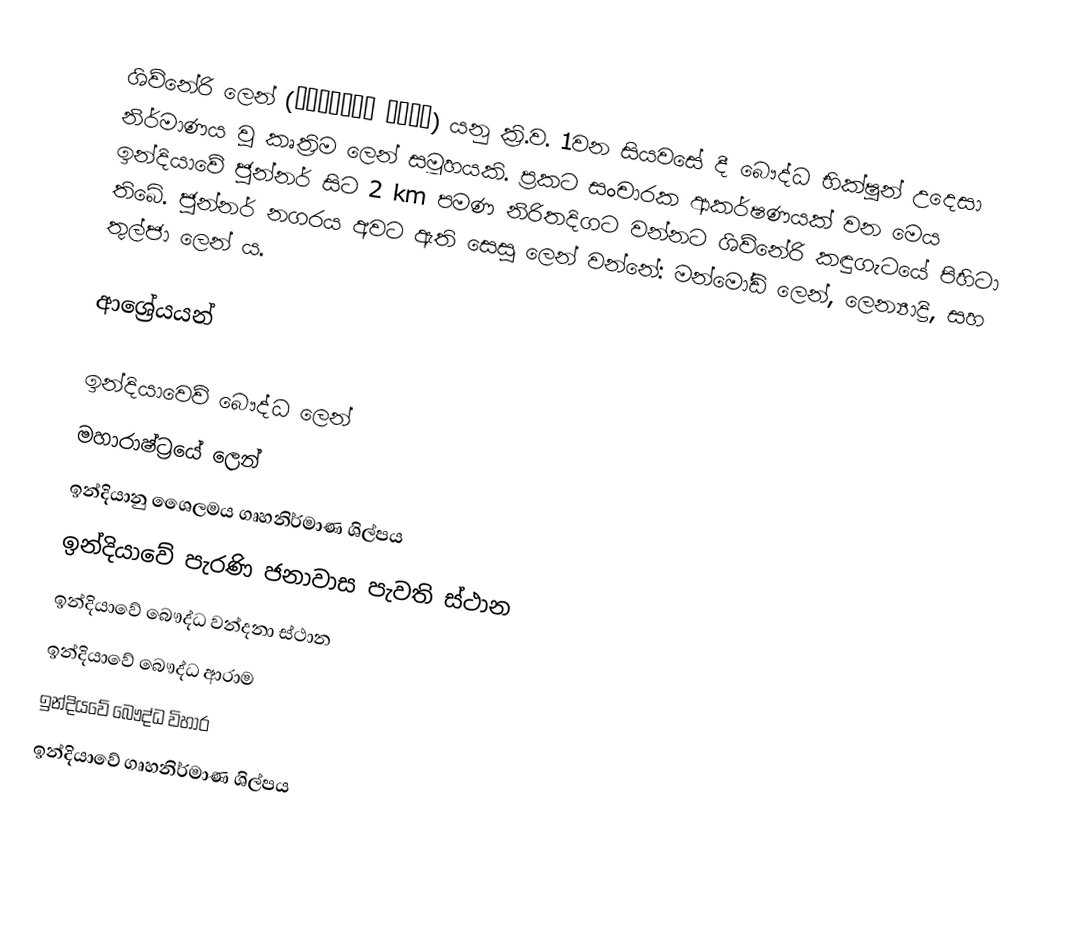
ශිව්නේරි ලෙන් (शिवनेरी लेणी) ‍යනු ක්‍රි.ව. 1වන සියවසේ දී බෞද්ධ භික්ෂූන් උදෙසා නිර්මාණය වූ කෘත්‍රිම ලෙන් සමූහයකි. ප්‍රකට සංචාරක ආකර්ෂණයක් වන මෙය ඉන්දියාවේ ජුන්නර් සිට 2 km පමණ නිරිතදිගට වන්නට ශිව්නේරි කඳුගැටයේ පිහිටා තිබේ. ජුන්නර් නගරය අවට ඇති සෙසු ලෙන් වන්නේ: මන්මෝඩි ලෙන්, ලෙන්‍යාද්‍රි, සහ තුල්ජා ලෙන් ය.

ආශ්‍රේයයන්

ඉන්දියාවෙව් බෞද්ධ ලෙන්
මහාරාෂ්ට්‍රයේ ලෙන්
ඉන්දියානු ශෛලමය ගෘහනිර්මාණ ශිල්පය
ඉන්දියාවේ පැරණි ජනාවාස පැවති ස්ථාන
ඉන්දියාවේ බෞද්ධ වන්දනා ස්ථාන
ඉන්දියාවේ බෞද්ධ ආරාම
ඉන්දියවේ බෞද්ධ විහාර
ඉන්දියාවේ ගෘහනිර්මාණ ශිල්පය